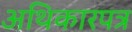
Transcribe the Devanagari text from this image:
अथिकारपत्र